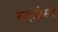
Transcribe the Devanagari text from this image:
रुइडोसो